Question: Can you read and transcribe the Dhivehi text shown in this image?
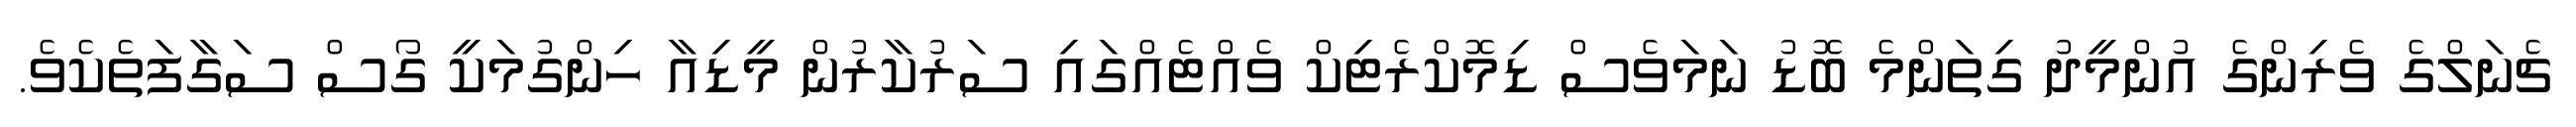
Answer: ޗެނަލްގެ ވެރިންގެ އުންމީދު ގިތަންމެ ބޮޑު ނަމަވެސް ޑިމޮކްރެޓިކް ވެއްޓެއްގައި ސަރުކާރުން މީޑިއާ ހިންގުމަކީ ގޯސް ސަގާފަތެކެވެ.